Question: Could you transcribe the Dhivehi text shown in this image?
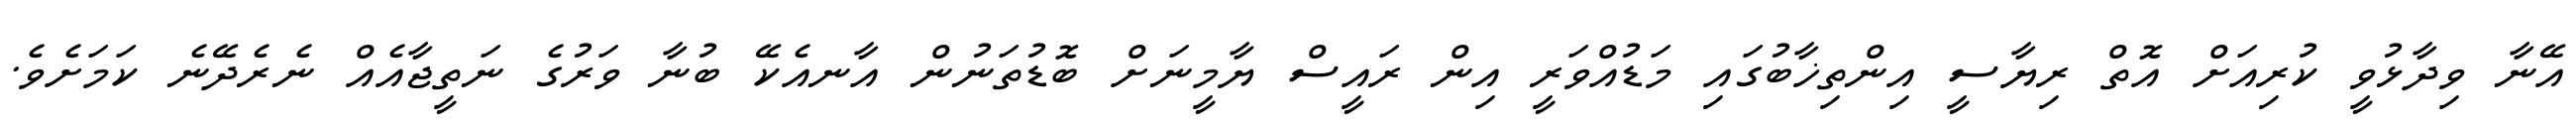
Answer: އޭނާ ވިދާޅުވީ ކުރިއަށް އޮތް ރިޔާސީ އިންތިޚާބުގައި މަޑުއްވަރީ އިން ރައީސް ޔާމީނަށް ބޮޑުތަނުން އާނއެކޭ ބުނާ ވަރުގެ ނަތީޖާއެއް ނެރެދޭނެ ކަމަށެވެ.